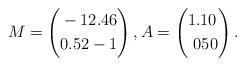
LaTeX: \begin{align*}M= \left(\begin{aligned} & -1 2.46 \\ & 0.52 -1\end{aligned}\right), A= \left(\begin{aligned} & 1.1 0 \\ & \,\, 0 50\end{aligned}\right).\end{align*}